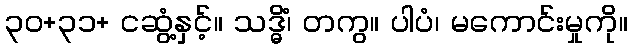
၃၀+၃၁+ ငဆွံ့နှင့်။ သဒ္ဓိံ၊ တကွ။ ပါပံ၊ မကောင်းမှုကို။